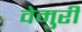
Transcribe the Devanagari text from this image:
वेमुरी